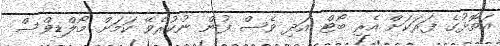
އަތޮޅުގެ ފަރަކަށް އެރި ބޯޓް އަދި ވެސް ފުން ނުކުރެވޭ ކަމަށް މޯލްޑިވްސް